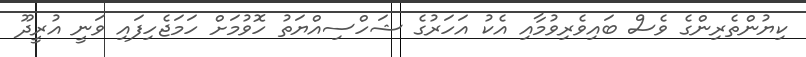
ކިޔުންތެރިންގެ ވެސް ބައިވެރިވުމާއި އެކު އަހަރުގެ ޝަހްސިއްޔަތު ހޮވުމަށް ހަމަޖެހިފައި ވަނީ އުރީދޫ